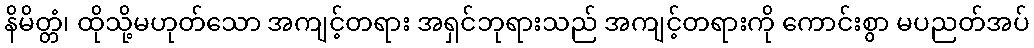
နိမိတ္တံ၊ ထိုသို့မဟုတ်သော အကျင့်တရား အရှင်ဘုရားသည် အကျင့်တရားကို ကောင်းစွာ မပညတ်အပ်